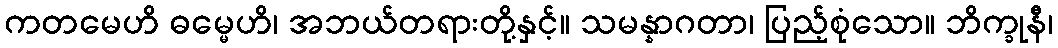
ကတမေဟိ ဓမ္မေဟိ၊ အဘယ်တရားတို့နှင့်။ သမန္နာဂတာ၊ ပြည့်စုံသော။ ဘိက္ခုနီ၊